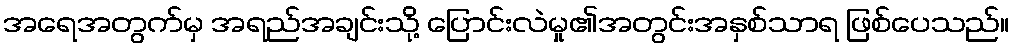
အရေအတွက်မှ အရည်အချင်းသို့ ပြောင်းလဲမှု၏အတွင်းအနှစ်သာရ ဖြစ်ပေသည်။